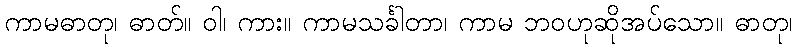
ကာမဓာတု၊ ဓာတ်။ ဝါ၊ ကား။ ကာမသင်္ခါတာ၊ ကာမ ဘဝဟုဆိုအပ်သော။ ဓာတု၊